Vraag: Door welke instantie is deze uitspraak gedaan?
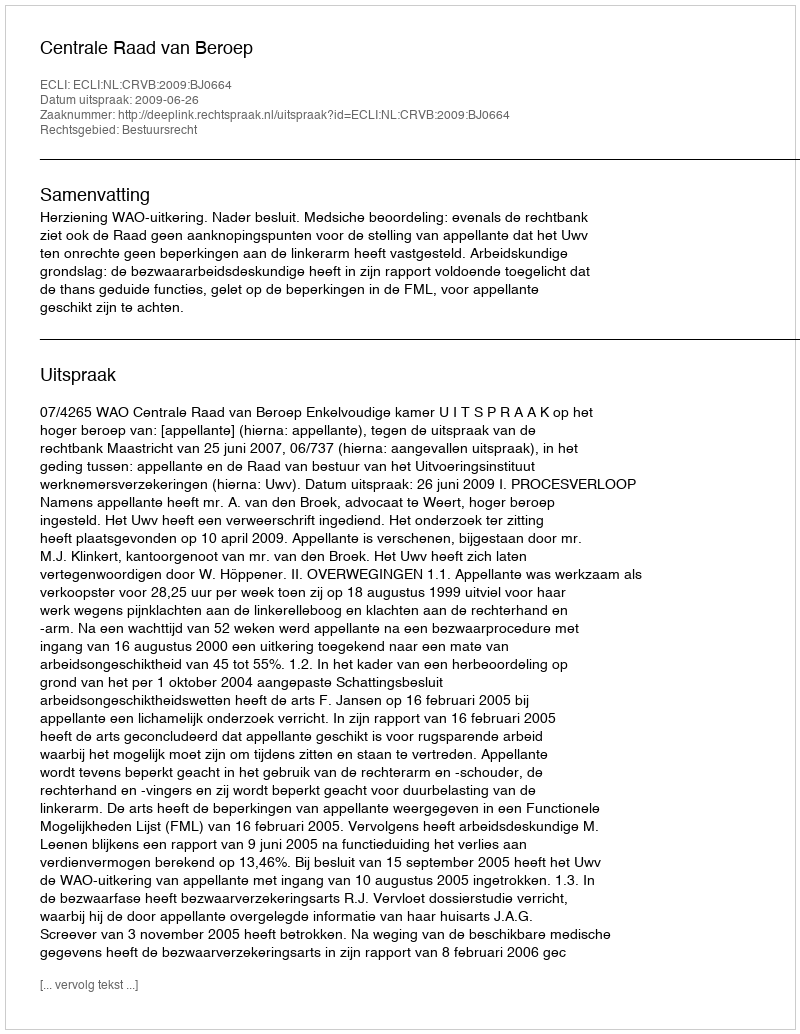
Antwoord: Centrale Raad van Beroep